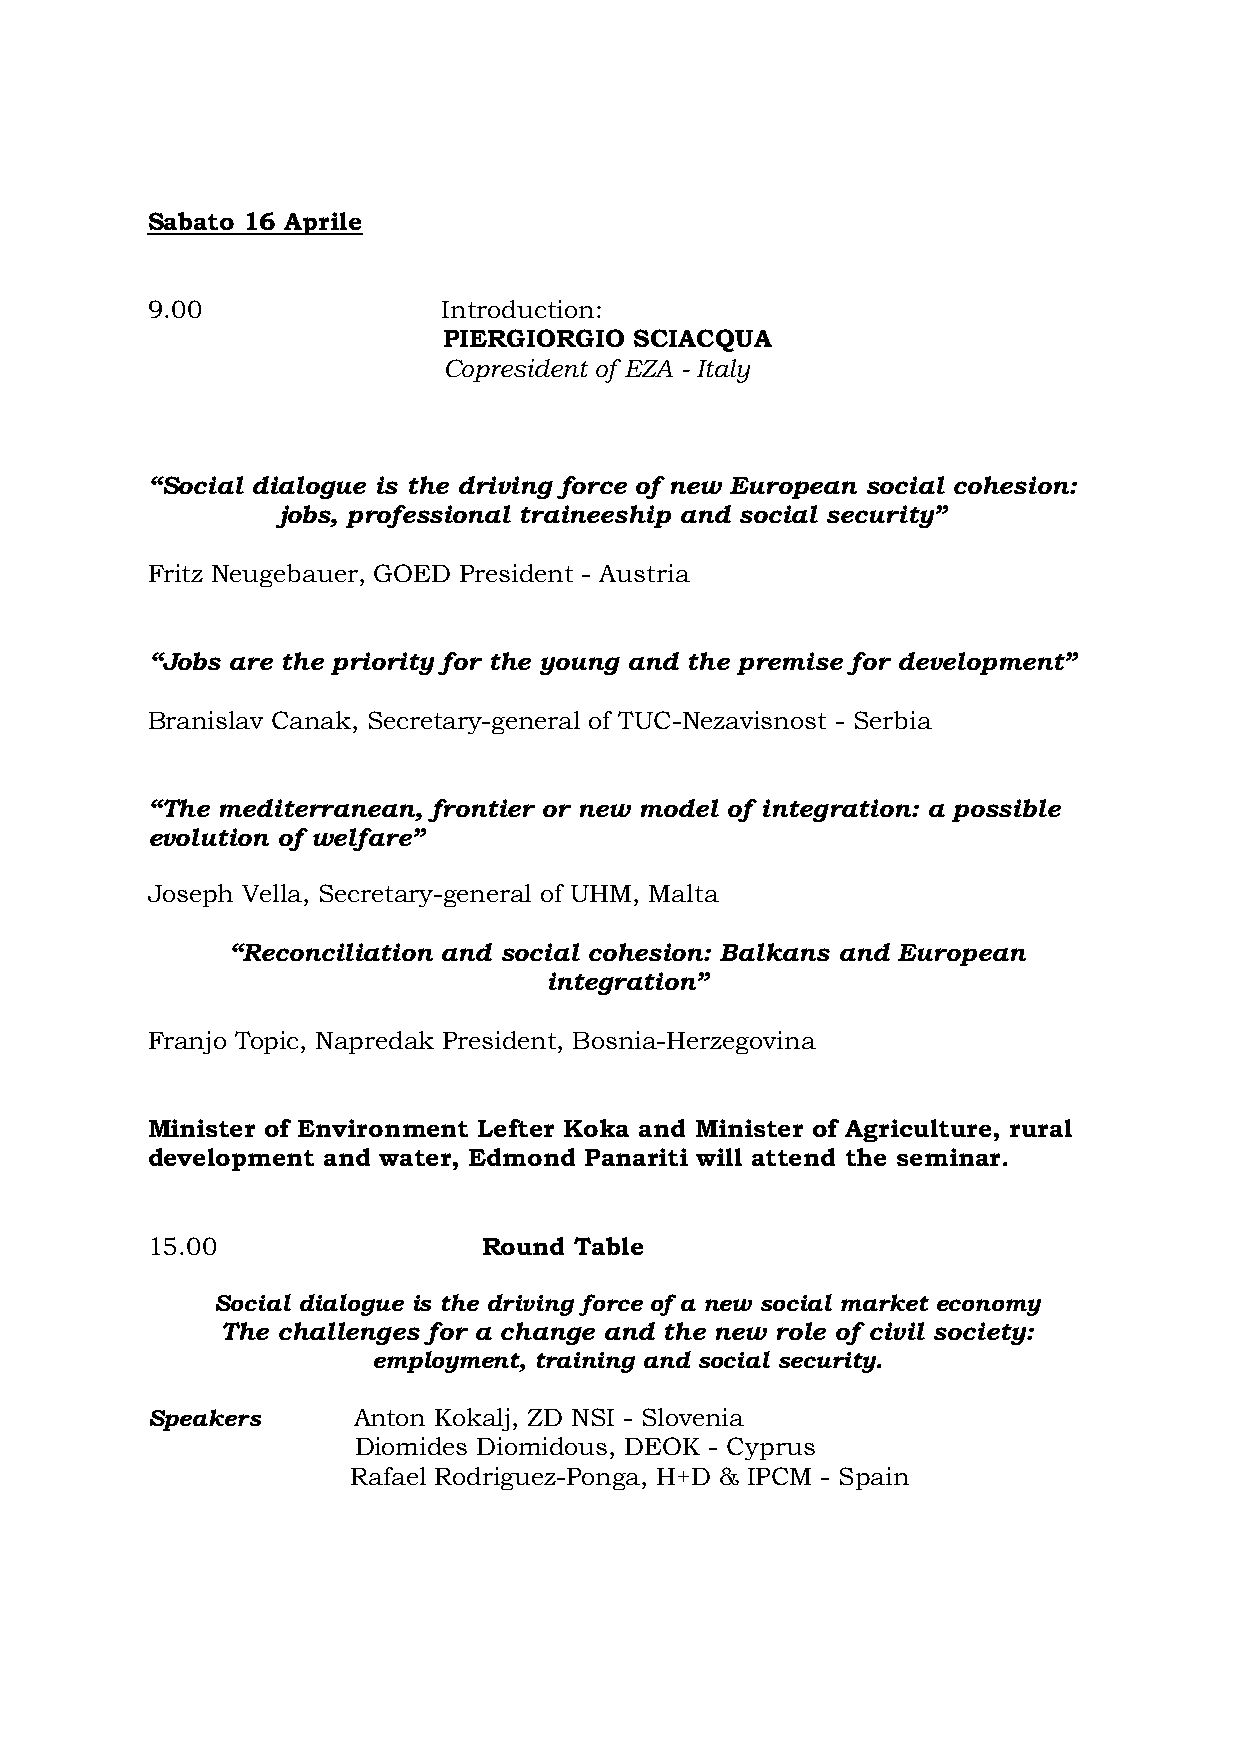
Sabato 16 Aprile
 9.00               Introduction:
 PIERGIORGIO  SCIACQUA
 Copresident of EZA - Italy
 “Social dialogue is the driving force of new European social cohesion:
 jobs, professional traineeship and social security”
 Fritz Neugebauer, GOED President - Austria
 “Jobs are the priority for the young and the premise for development”
 Branislav Canak, Secretary-general of TUC-Nezavisnost - Serbia
 “The mediterranean, frontier or new model of integration: a possible
 evolution of welfare”
 Joseph Vella, Secretary-general of UHM, Malta
 “Reconciliation and social cohesion: Balkans and European
 integration”
 Franjo Topic, Napredak President, Bosnia-Herzegovina
 Minister of Environment Lefter Koka and Minister of Agriculture, rural
 development and water, Edmond Panariti will attend the seminar.
 15.00                 Round Table
 Social dialogue is the driving force of a new social market economy
 The challenges for a change and the new role of civil society:
 employment, training and social security.
 Speakers     Anton Kokalj, ZD NSI - Slovenia
 Diomides Diomidous, DEOK - Cyprus
 Rafael Rodriguez-Ponga, H+D & IPCM - Spain